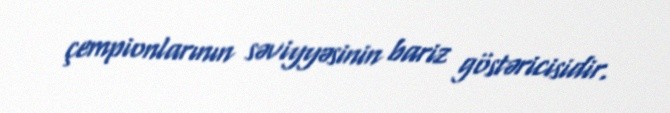
çempionlarının səviyyəsinin bariz göstəricisidir.